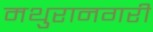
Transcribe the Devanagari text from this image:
मथुरानगरी